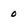
Character: 0